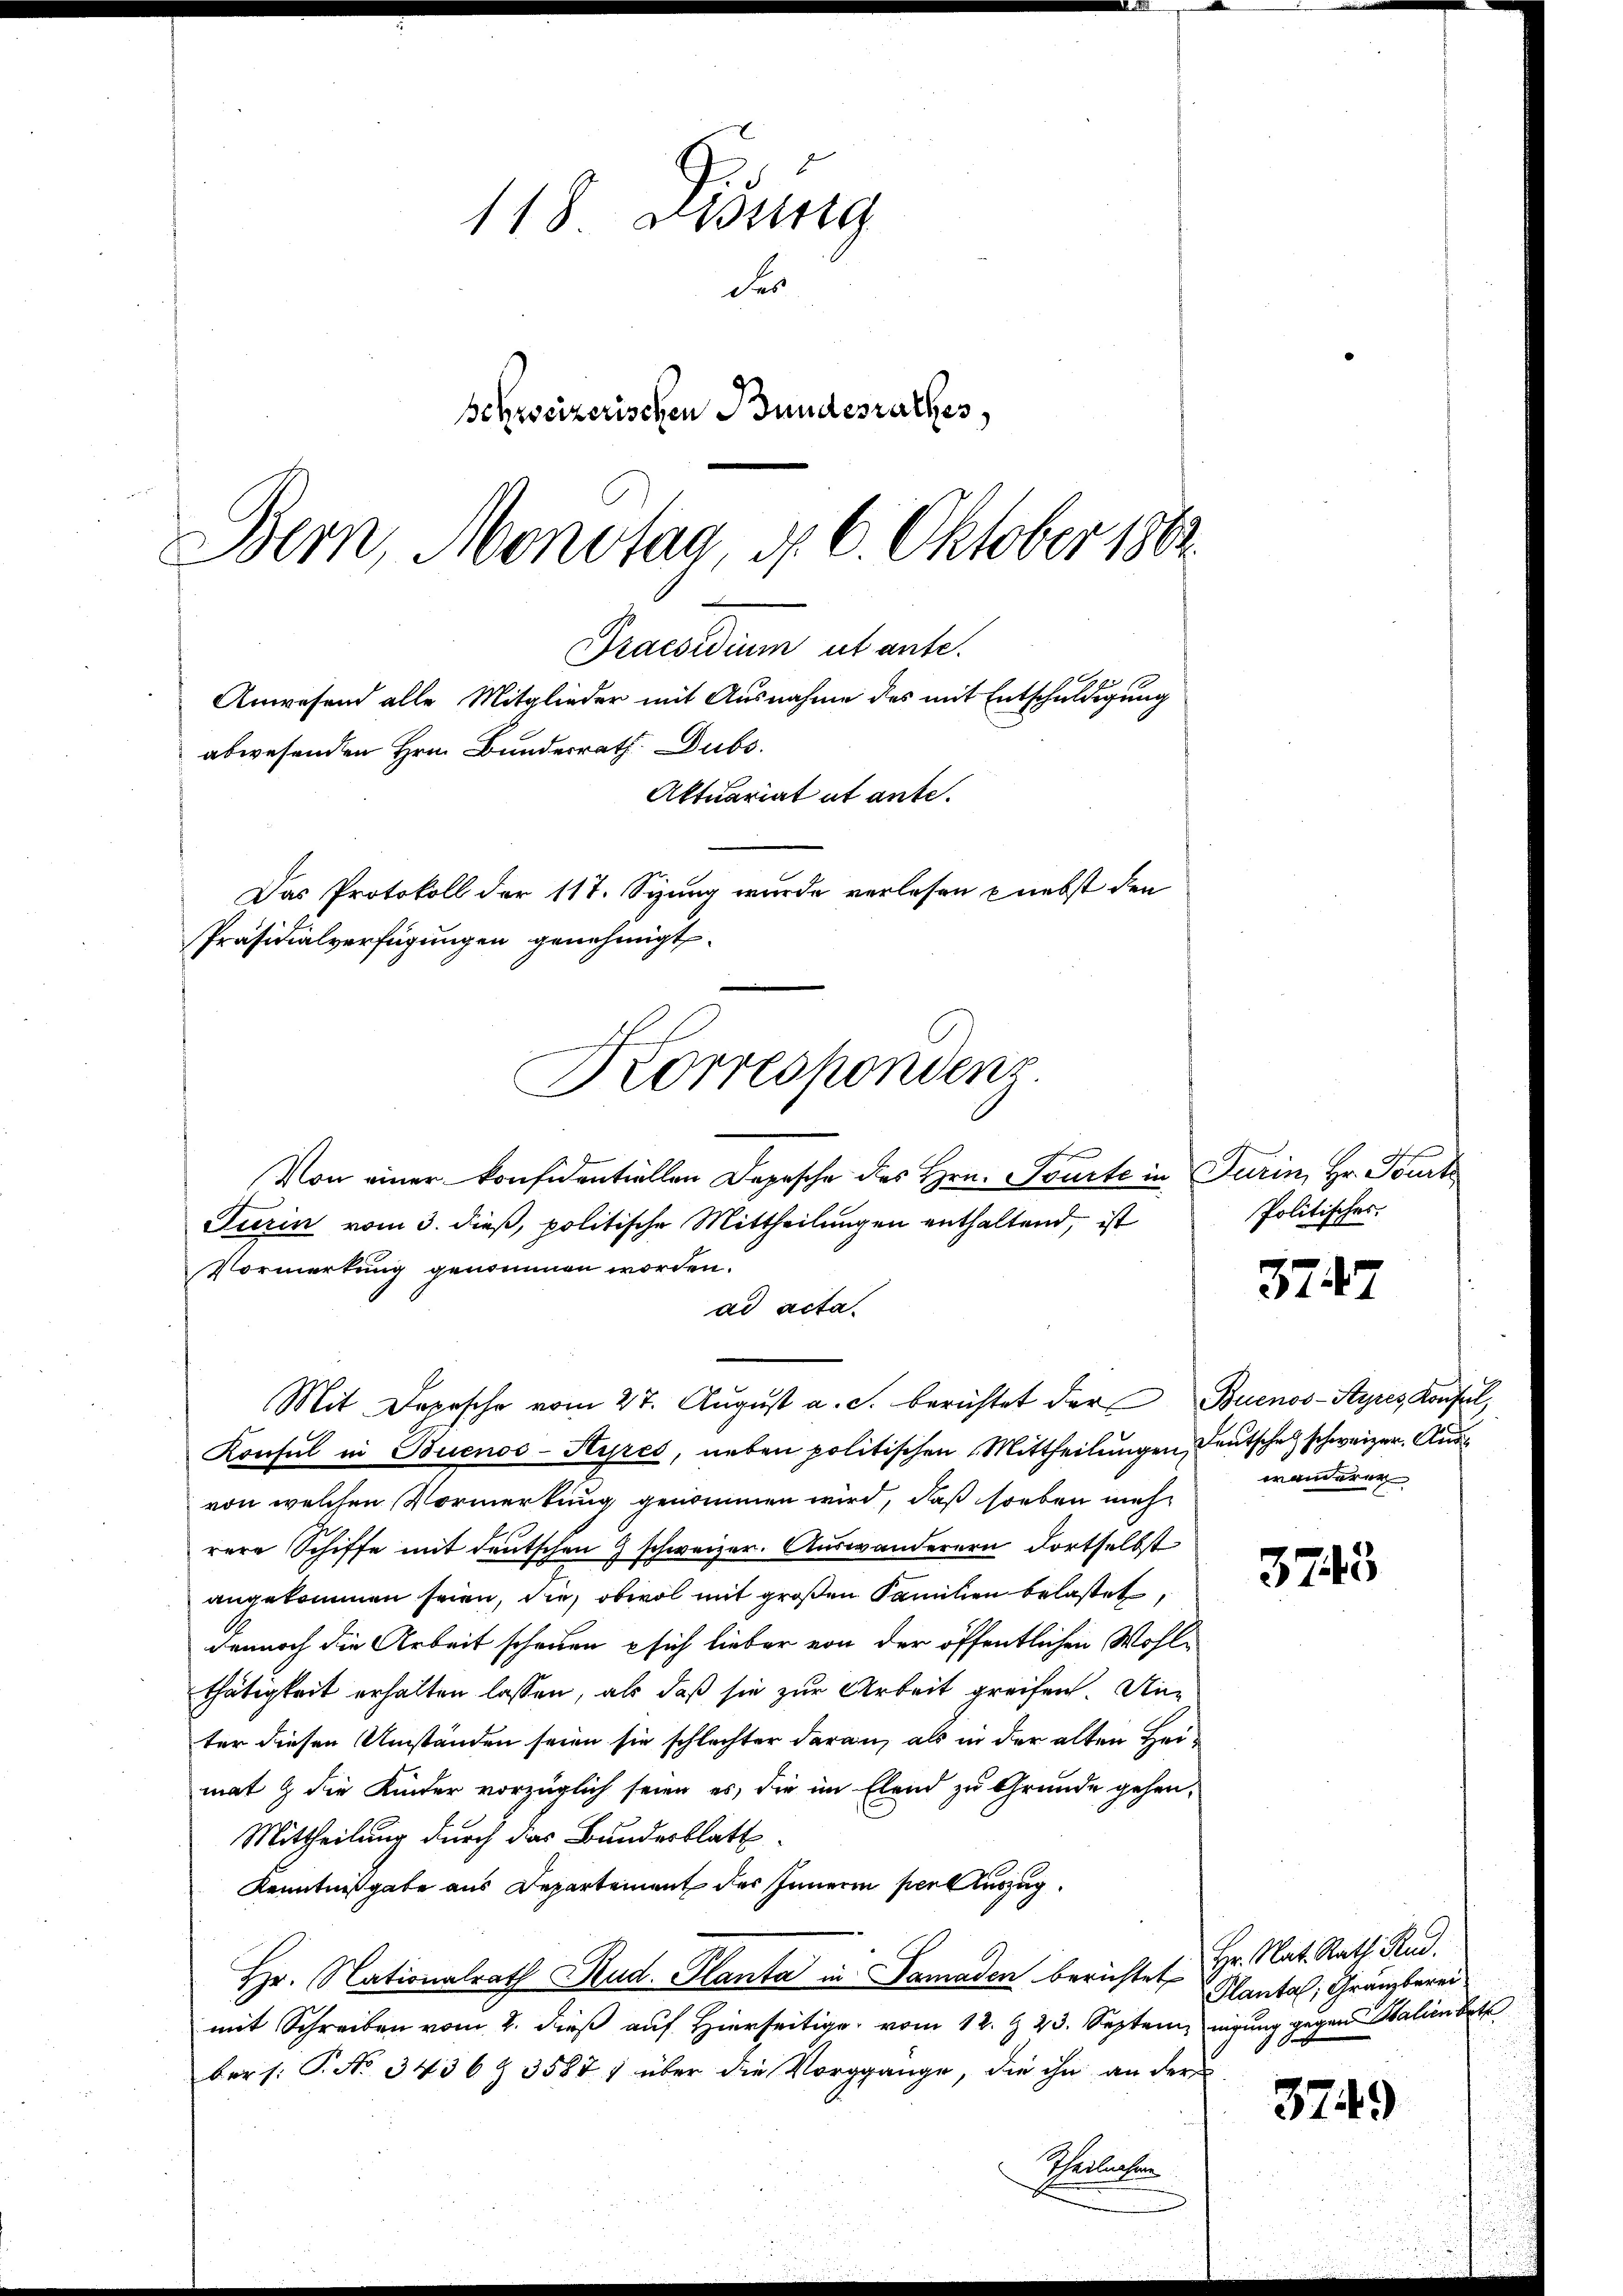
118. Dessing
der
Bezzseizerischen Bundesrathes,
Bern, Monotag, d. 6. Oktober 1863.

Praesidium ut ante.
Anwesend alle Mitglieder mit Ausnahme des mit Entschuldigung
abwesenden Hrn. Bundesrath. Dubs.
Aktuariat ut ante.
Das Protokoll der 117. Sizung wurde verlesen nebst den
Präsidialverfügungen genehmigt.
Korrespondenz

Von einer konsidentiellen Depesche des Hrn. Tourte in Turin, Hr. Tourt
Turin vom 3. dieß, politische Mittheilungen enthaltend, ist
Vormerkung genommen worden.
ad acta.
Mit Dopische vom 27. Aŭgŭst a. c. berichtet der Buenos-Styres Konsul,
Konsul in Buenos-Ayres, neben politischen Mittheilŭngen, Deutsche schweizer. Ausvon welchen Vormerkung genommen wird, daß soeben mehrere Schiffe mit deutschen & schweizer. Auswanderern Fortselbst
angekommen seien, die, obwol mit großen Familien belastet,
dennoch die Arbeit scheuen - sich lieber von der öffentlichen Wohlthätigkeit erhalten lassen, als daß sie zur Arbeit greifen. Die
ter diesen Umständen seien sie schlechter daran, als in der alten Heimat & die Kinder vorzüglich seien es, die im Elend zu Grunde gehen.
Mittheilung durch das Bundesblatt
Kenntnißgabe aus Departement des Inneren per Auszug.
Hr. Nationalrath Rud. Planta in Samaden berichtet Hr. Nat. Rath Rud.
mit Schreiben vom 2. dieß auf Hierseitig vom 12. Z. 23. Septem nigung gegen Italien bet
ber: P. No. 3436 Z 35871 über die Vorgange, die ihn an der
Theilten

Politisches.

wanderer

Plantal, Granzberei

3727

3743

3749